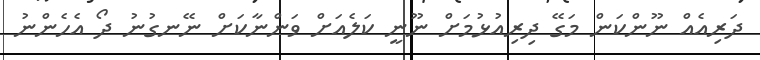
ދަރިއެއް ނޫންކަން މަގޭ ދިރިއުޅުމަށް ނޫނީ ކަލެއަށް ވަންނާކަށް ނޭނގުނު ދޯ އެހެންނު